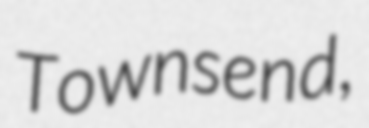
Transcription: Townsend,